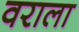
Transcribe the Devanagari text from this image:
वराला